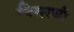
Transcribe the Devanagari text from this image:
विरारची